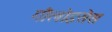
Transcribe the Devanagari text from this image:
गौलोइसेस